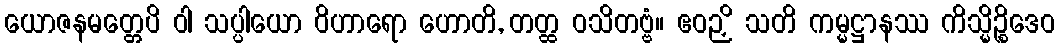
ယောဇနမတ္တေပိ ဝါ သပ္ပါယော ဝိဟာရော ဟောတိ, တတ္ထ ဝသိတဗ္ဗံ။ ဧဝဉှိ သတိ ကမ္မဋ္ဌာနဿ ကိသ္မိဉ္စိဒေဝ